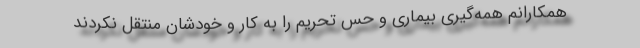
همکارانم همه‌گیری بیماری و حس تحریم را به کار و خودشان منتقل نکردند